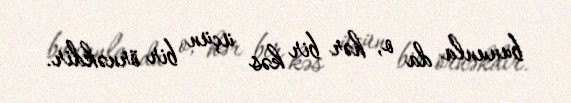
bununla da o, hər bir kəs üçün bir örnəkdir.